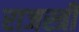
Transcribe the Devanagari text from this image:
राजस्त्री